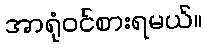
အာရုံဝင်စားရမယ်။